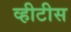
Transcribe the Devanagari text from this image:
व्हीटीस